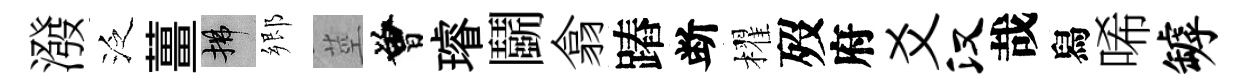
潑泛薑拂郷莖曾璿鬬翕蹖断櫂歿府爻汉哉舄唏罅